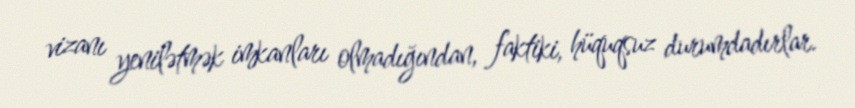
vizanı yenilətmək imkanları olmadığından, faktiki, hüquqsuz durumdadırlar.